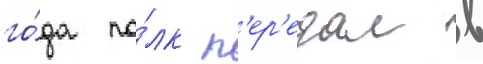
го́да по́лк п'ер'едал в